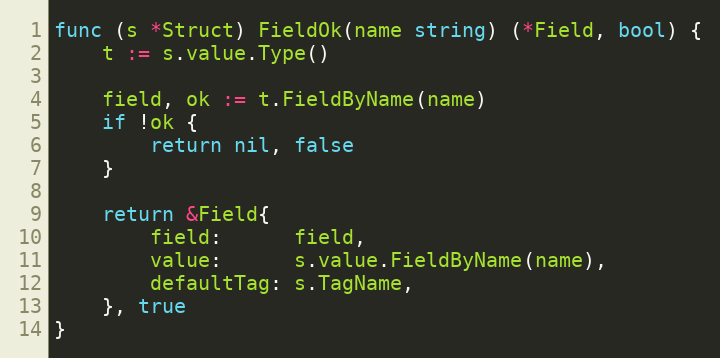
Language: Go
func (s *Struct) FieldOk(name string) (*Field, bool) {
	t := s.value.Type()

	field, ok := t.FieldByName(name)
	if !ok {
		return nil, false
	}

	return &Field{
		field:      field,
		value:      s.value.FieldByName(name),
		defaultTag: s.TagName,
	}, true
}